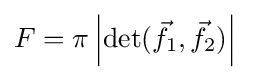
F=\pi \left|\det({\vec {f}}_{1},{\vec {f}}_{2})\right|\quad